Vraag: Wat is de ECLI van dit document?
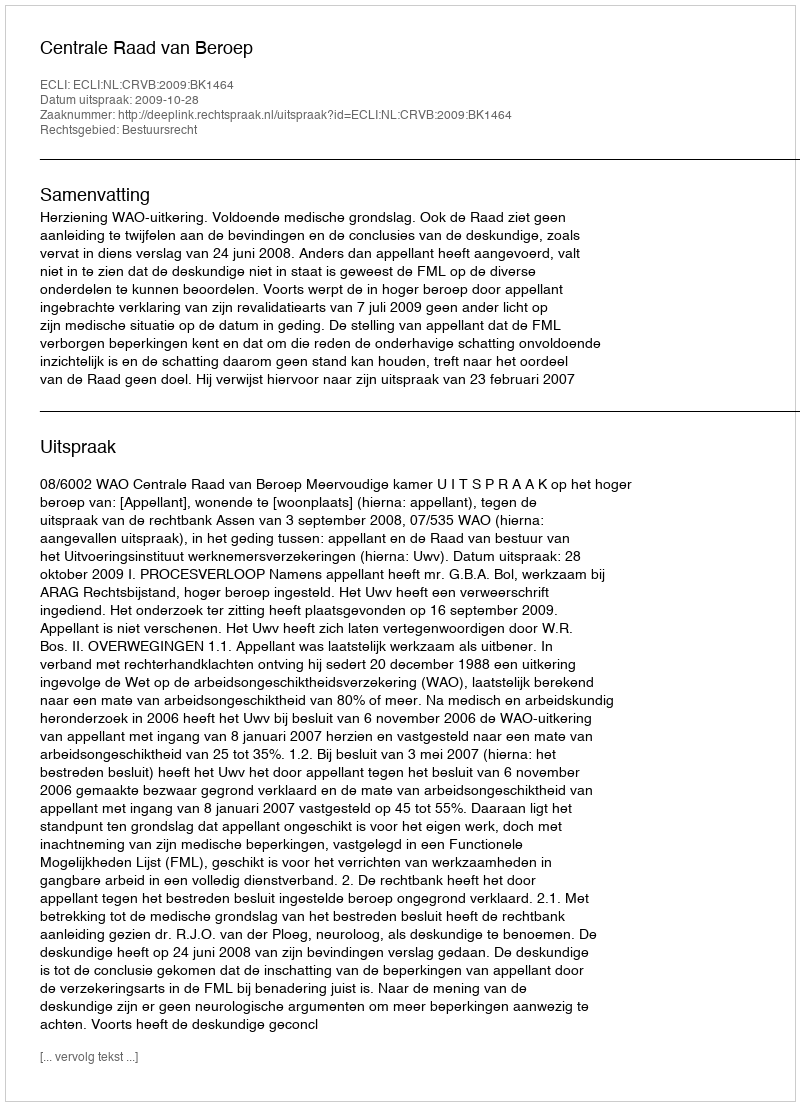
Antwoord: ECLI:NL:CRVB:2009:BK1464